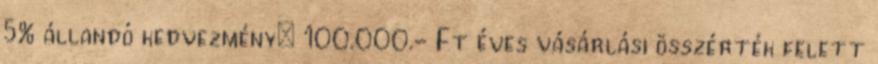
5% állandó kedvezmény: 100.000.- Ft éves vásárlási összérték felett